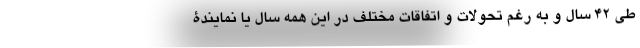
طی 42 سال و به رغم تحولات و اتفاقات مختلف در این همه سال یا نمایندۀ